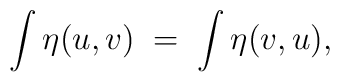
\int \eta(u,v) \; = \; \int \eta(v,u),